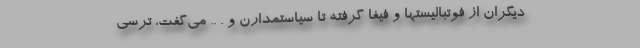
دیگران از فوتبالیستها و فیفا گرفته تا سیاستمدارن و . .. می‌گفت، ترسی